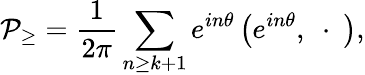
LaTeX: {\cal P}_{\geq}=\frac 1{2\pi}\sum_{n\geq k+1}e^{in\theta}\left(e^{in\theta},\ \cdot\ \right),